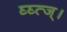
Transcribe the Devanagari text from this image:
घ्घ्त्ज्।